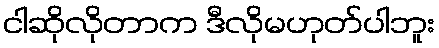
ငါဆိုလိုတာက ဒီလိုမဟုတ်ပါဘူး